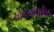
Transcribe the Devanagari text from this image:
खंडनपूर्वक